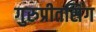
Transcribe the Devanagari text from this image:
गुरुप्रीतसिंग